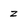
Character: z